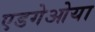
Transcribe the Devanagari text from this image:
एडगेओया